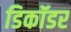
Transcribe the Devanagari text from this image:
डिकॉडर